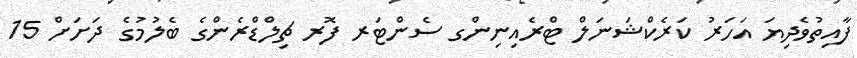
ފާއިތުވެދިޔަ އަހަރު ކަރެކްޝަނަލް ޓްރެއިނިންގ ސެންޓަރ ފޮރ ޗިލްޑްރެންގެ ބެލުމުގެ ދަށަށް 15